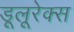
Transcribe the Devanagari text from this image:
डूलूरेक्स